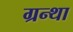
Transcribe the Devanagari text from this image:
ग्रन्था